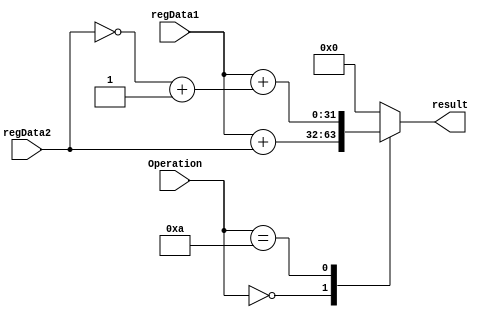
//----------------------------Nadeen----------------------------------
//ALU
module ALU 
(result, regData1, regData2 ,Operation);
  output reg [31:0] result;
  //ALU operands comming from read registers are 32 bits long
  input [31:0] regData1, regData2;
  //Operation
  input [3:0] Operation;
  always @ ( * ) begin
    case (Operation)
      //ADD
      0000: result <= regData1 + regData2;
      //SetLessThan
      //0001: if (regData1 < regData2) result = 32'd1; 
      //else result = 32'd0;
      //SUB
      0010: result <= regData1+	(~(regData2)+1);
      //AND
      0100: result <= regData1 & regData2;
      //OR
      0101: result <= regData1 | regData2;
      //NOR
      0110: result <= ~(regData1 | regData2);
      //XOR
      0111: result <= regData1 ^ regData2;
      //Shift left Arithmetic 
      1000: result <= regData1 << regData2;
      //Shift left logical
      1000: result <= regData1 <<< regData2;
      //Shift right Arithmetic
      1001: result <= regData1 >> regData2;
      //Shift right logical
      1010: result <= regData1 >>> regData2;
       default: result <= 32'd0;
    endcase
  end
endmodule